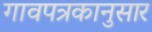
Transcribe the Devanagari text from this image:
गावपत्रकानुसार